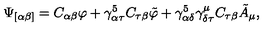
\Psi _ { [ \alpha \beta ] } = C _ { \alpha \beta } \varphi + \gamma _ { \alpha \tau } ^ { 5 } C _ { \tau \beta } \tilde { \varphi } + \gamma _ { \alpha \delta } ^ { 5 } \gamma _ { \delta \tau } ^ { \mu } C _ { \tau \beta } \tilde { A } _ { \mu } ,